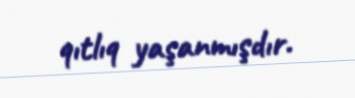
qıtlıq yaşanmışdır.